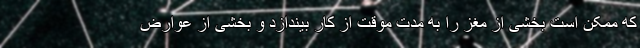
که ممکن است بخشی از مغز را به مدت موقت از کار بیندازد و بخشی از عوارض